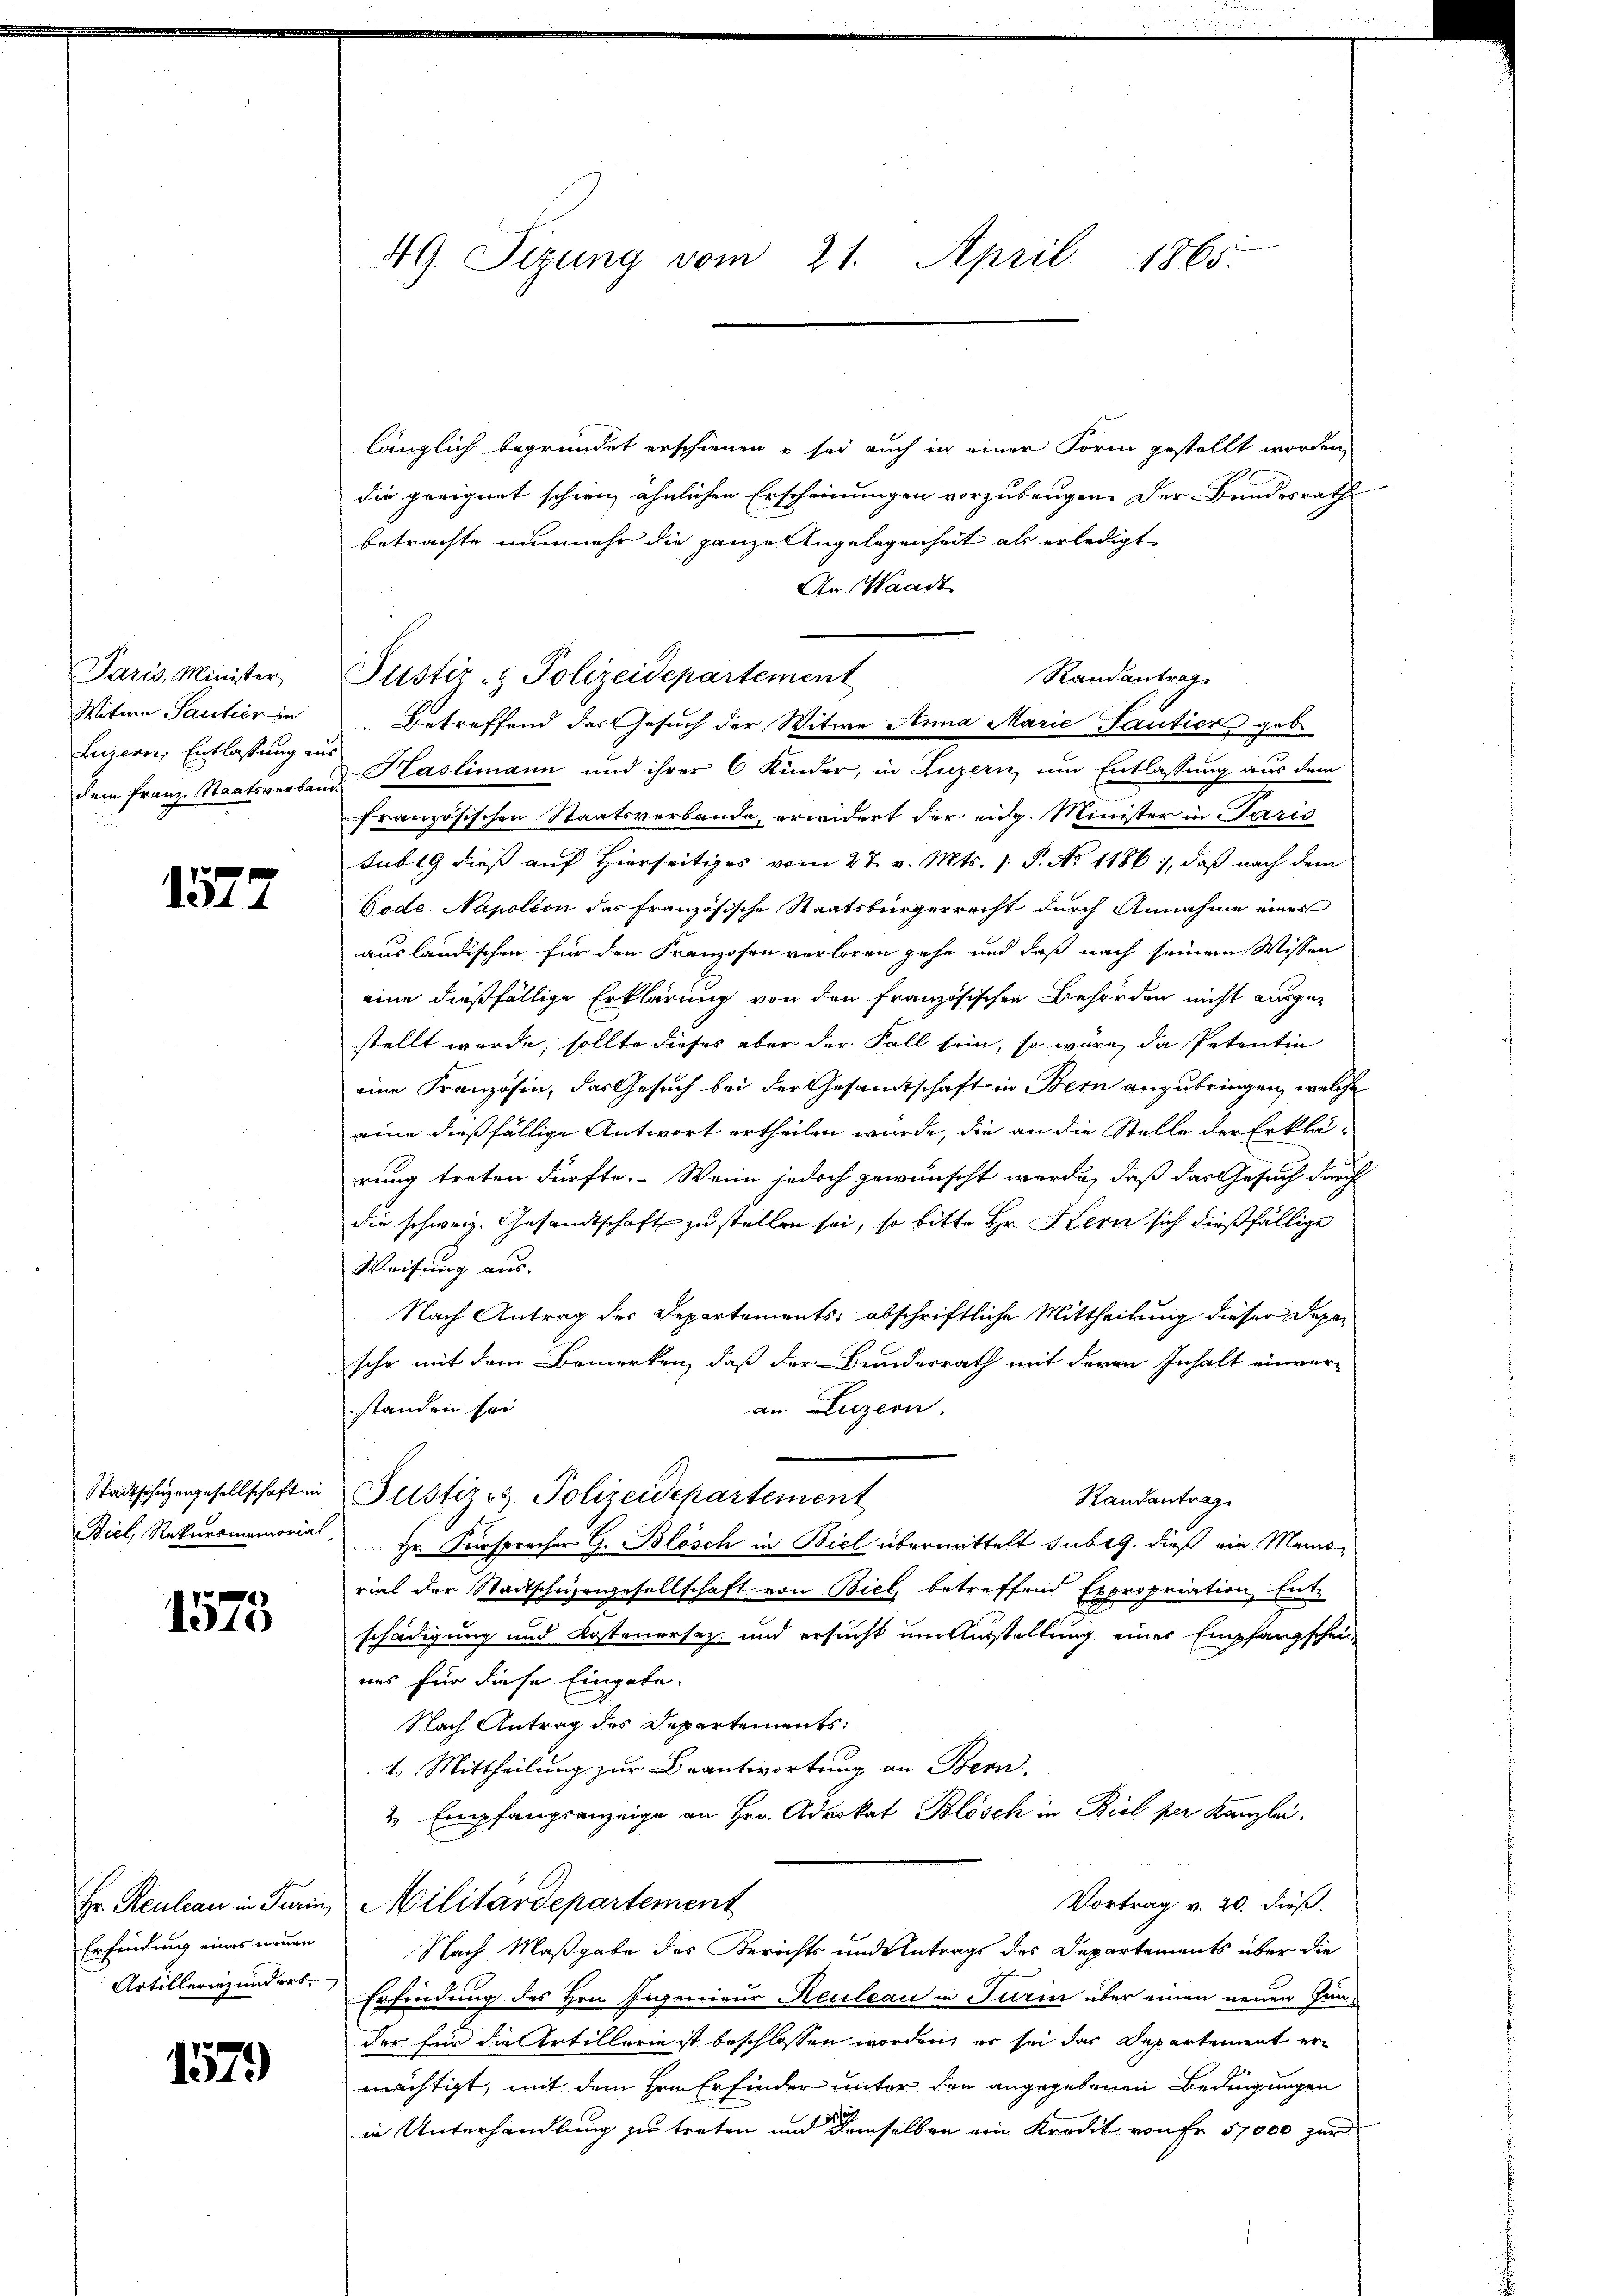
Paris, Minister
Witwe Santier in
Luzern, Entlassung aus
dem Franz Staatsverbau

1577

Stadtschazengesellschaft in

1575

Erfindung eines neuen

1579

49. Sizung vom 21. April 1865.

länglich begründet erschienen u sei auch in einer Form gestellt worden,
die geeignet schien, ähnlichen Erscheinungen vorzubeugen. Der Bundesrathe
betrachte nunmehr die ganze Angelegenheit als erledigt
An Waadt
Betreffend das Gesuch der Witwe Anna Marie Tantier geb.
d. Haslimann und ihrer 6 Kinder, in Luzern um Entlassung aus dem
französischen Staatsverbande, erwidert der eidg. Minister in Paris
sub 19 dieß auf Hierseitiges vom 27. v. Mts. s. S. No 1186), daß nach dem
Gode Napolion das französische Staatsbürgerrecht durch Annahme eines
ausländischen für den Franzosen verloren gehe und daß nach seinem Wissen
eine dießfällige Erklärung von den Französischen Behörden nicht ausgestellt werde, sollte dieses aber der Fall sein, so wäre, da Petentin
eine Französin, das Gesuch bei der Gesandtschaft in Bern anzubringen, welche
eine dießfällige Antwort ertheilen würde, die an die Stelle der Erklä-
rung treten dürfte. Wenn jedoch gewünscht werde, daß das Gesuch durch
die schweiz. Gesandtschaft zu stellen sei, so bitte Hr. Kern sich dießfällige
Weisung aus.
Nach Antrag der Departements; abschriftliche Mittheilung dieser Deposchon mit dem Bemerken, daß der Bundesrath mit deren Inhalt einver-
an Luzern.
standen sei
Justiz & Polizeidepartement
Randantrag
Biel, Rekursmemoria  Hr. Fürsprocher G. Blösch in Biel übermittelt sub 9. dieß ein Memorial der Stadtschuzengesellschaft von Biel, betreffend Expropriation, Ent-
schädigung und Kostenersez und ersucht um Ausstellung einer Empfangscheiuns für diese Eingabe.
Nach Antrag des Departements
1. Mittheilung zur Beantwortung an Bern.
2 Empfangsanzeige an Hrn. Advokat Blösch in Biel per Kanzlei
Vortrag v. 20. dieß.
Hr. Reulan in Turin, Militärdepartement
Nach Maßgabe des Berichts und Antrags des Departements über die
Artilleringunder Erfindung des Hrn. Ingenieur Keuleau in Turin über einen neuen Hander für die Artillerie ist beschlossen worden, er sei das Departement ermächtigt, mit dem Hrn. Erfinder unter den angegebenen Bedingungen
in Unterhandlung zu treten und demselben ein Kredit von Fr. 57000 zur

Justiz- & Polizeidepartement

Randantrag